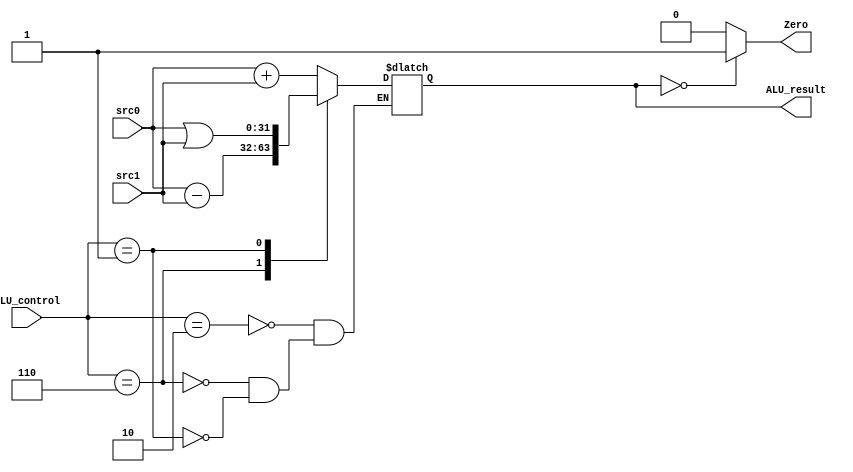
module ALU(ALU_control, src0, src1, Zero, ALU_result);
	input [3:0] ALU_control;
	input [31:0] src0;
	input [31:0] src1;
	output Zero;
	output reg [31:0] ALU_result;
	
	initial
		begin
		ALU_result = 0;
		end
		
	assign Zero = (ALU_result == 32'b0) ? 1'b1 : 1'b0;
	
	always@(*)
		begin
		case(ALU_control)
			4'b0010:
				begin
				ALU_result = src0 + src1;
				end
			4'b0110:
				begin
				ALU_result = src0 - src1;
				end
			4'b0001:
				begin
				ALU_result = src0 | src1;
				end
		endcase
		end
endmodule